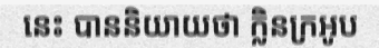
នេះ បាននិយាយថា ក្លិនក្រអូប